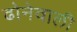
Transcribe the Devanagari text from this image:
ढोनेवाली